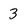
Character: 3